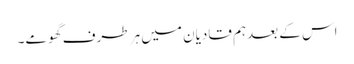
اس کے بعدہم قادیان میں ہر طرف گھومے۔